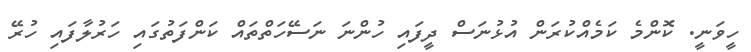
ހީވަނީ. ކޮންމެ ކަމެއްކުރަން އުޅުނަސް ދީފައި ހުންނަ ނަސޭހަތްތައް ކަންފަތުގައި ހަރުލާފައި ހުރޭ